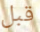
قبل